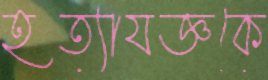
হত্যাযজ্ঞকে